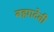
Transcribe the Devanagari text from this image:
बह्मादेवी